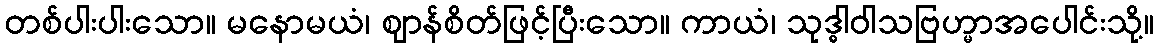
တစ်ပါးပါးသော။ မနောမယံ၊ ဈာန်စိတ်ဖြင့်ပြီးသော။ ကာယံ၊ သုဒ္ဓါဝါသဗြဟ္မာအပေါင်းသို့။